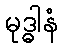
မုဒ္ဓါနံ